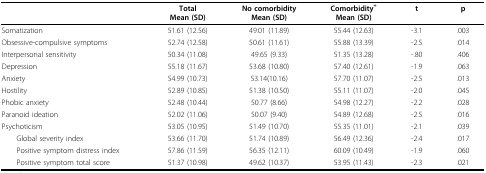
<table><thead><tr><td></td><td><b>TotalMean (SD)</b></td><td><b>No comorbidityMean (SD)</b></td><td><b>Comorbidity<sup>+</sup>Mean (SD)</b></td><td><b>t</b></td><td><b>p</b></td></tr></thead><tbody><tr><td>Somatization</td><td>51.61 (12.56)</td><td>49.01 (11.89)</td><td>55.44 (12.63)</td><td>-3.1</td><td>.003</td></tr><tr><td>Obsessive-compulsive symptoms</td><td>52.74 (12.58)</td><td>50.61 (11.61)</td><td>55.88 (13.39)</td><td>-2.5</td><td>.014</td></tr><tr><td>Interpersonal sensitivity</td><td>50.34 (11.08)</td><td>49.65 (9.33)</td><td>51.35 (13.28)</td><td>-.80</td><td>.406</td></tr><tr><td>Depression</td><td>55.18 (11.67)</td><td>53.68 (10.80)</td><td>57.40 (12.61)</td><td>-1.9</td><td>.063</td></tr><tr><td>Anxiety</td><td>54.99 (10.73)</td><td>53.14(10.16)</td><td>57.70 (11.07)</td><td>-2.5</td><td>.013</td></tr><tr><td>Hostility</td><td>52.89 (10.85)</td><td>51.38 (10.50)</td><td>55.11 (11.07)</td><td>-2.0</td><td>.045</td></tr><tr><td>Phobic anxiety</td><td>52.48 (10.44)</td><td>50.77 (8.66)</td><td>54.98 (12.27)</td><td>-2.2</td><td>.028</td></tr><tr><td>Paranoid ideation</td><td>52.02 (11.06)</td><td>50.07 (9.40)</td><td>54.89 (12.68)</td><td>-2.5</td><td>.016</td></tr><tr><td>Psychoticism</td><td>53.05 (10.95)</td><td>51.49 (10.70)</td><td>55.35 (11.01)</td><td>-2.1</td><td>.039</td></tr><tr><td> Global severity index</td><td>53.66 (11.70)</td><td>51.74 (10.89)</td><td>56.49 (12.36)</td><td>-2.4</td><td>.017</td></tr><tr><td> Positive symptom distress index</td><td>57.86 (11.59)</td><td>56.35 (12.11)</td><td>60.09 (10.49)</td><td>-1.9</td><td>.060</td></tr><tr><td> Positive symptom total score</td><td>51.37 (10.98)</td><td>49.62 (10.37)</td><td>53.95 (11.43)</td><td>-2.3</td><td>.021</td></tr></tbody></table>